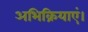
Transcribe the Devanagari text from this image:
अभिक्रियाएं।